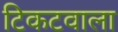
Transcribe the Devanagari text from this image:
टिकटवाला